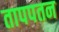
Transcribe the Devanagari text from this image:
तापपतन